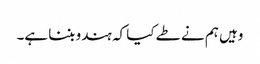
وہیں ہم نے طے کیا کہ ہندو بننا ہے۔